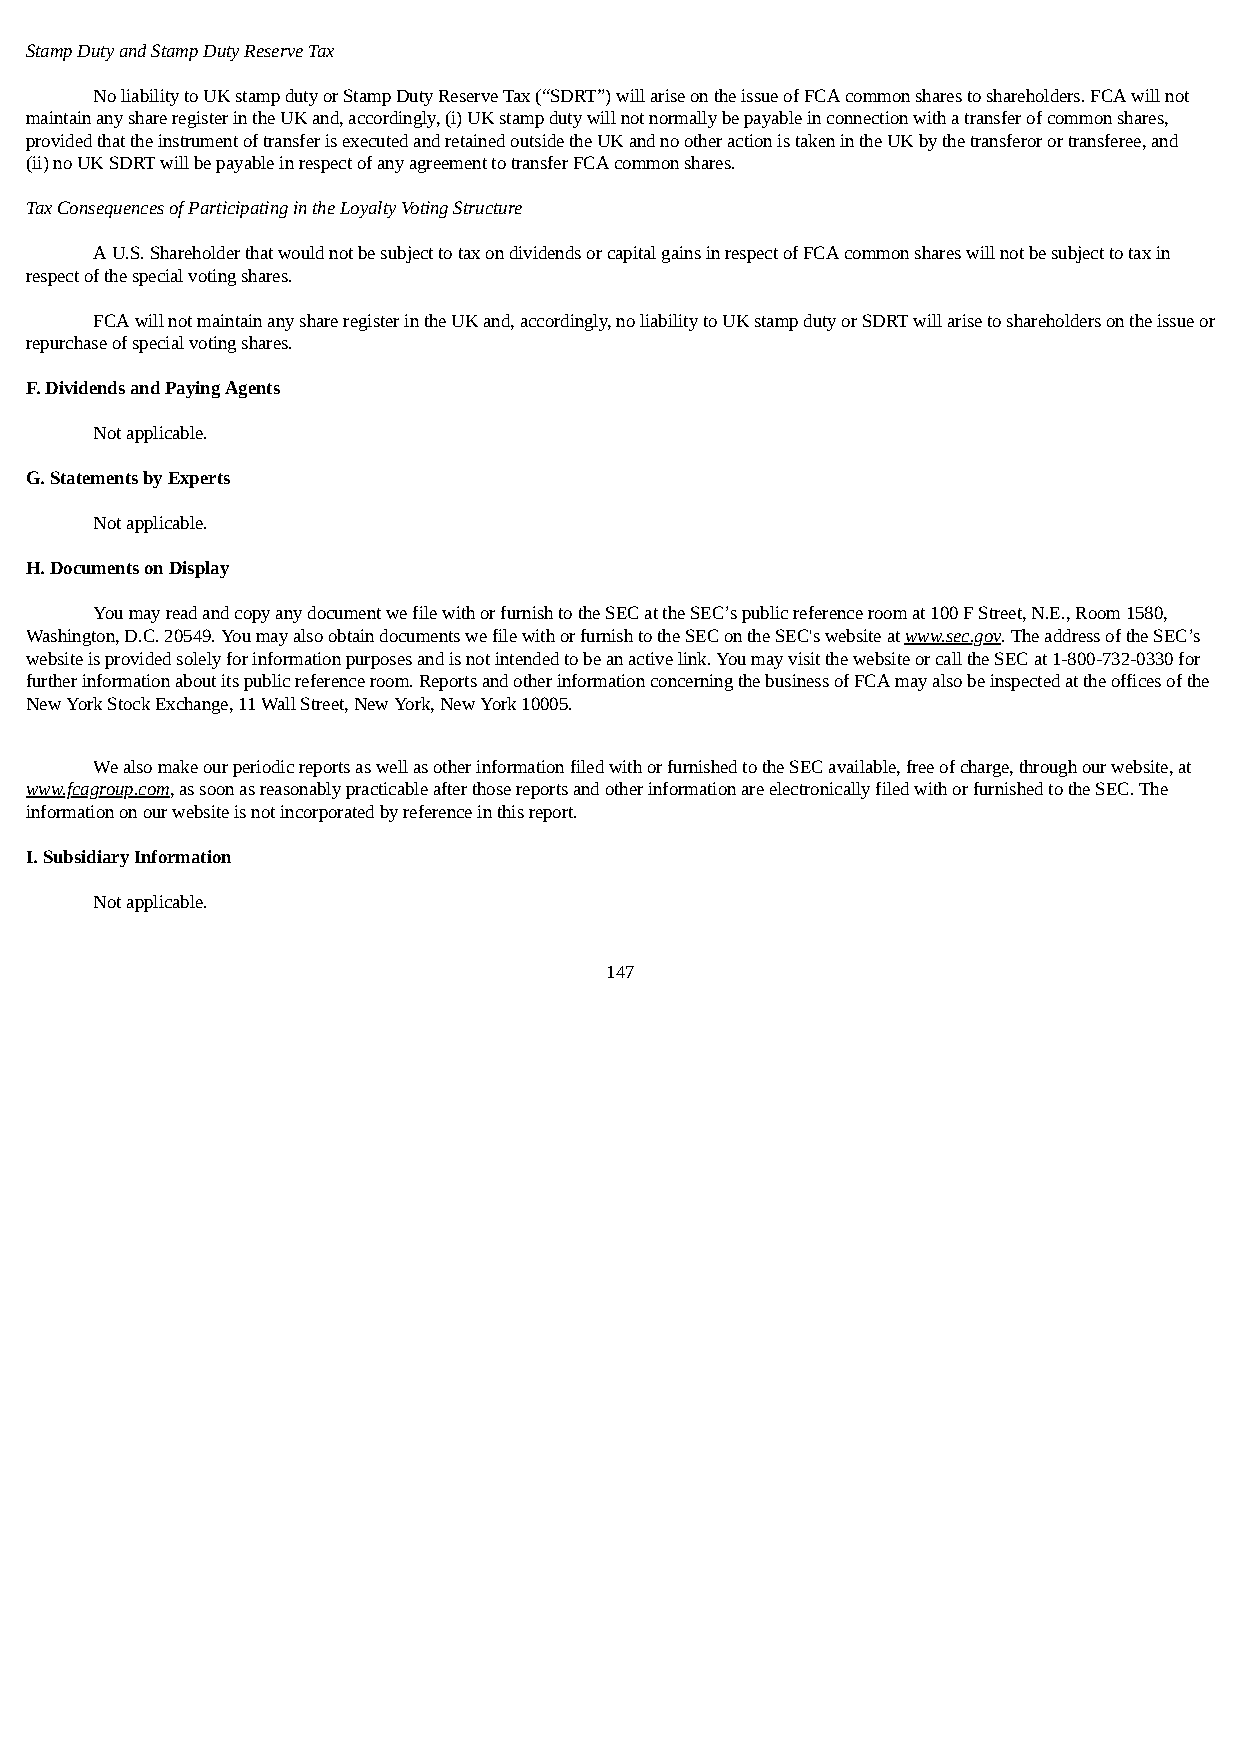
Stamp Duty and Stamp Duty Reserve Tax
 No liability to UK stamp duty or Stamp Duty Reserve Tax (“SDRT”) will arise on the issue of FCA common shares to shareholders. FCA will not
 maintain any share register in the UK and, accordingly, (i) UK stamp duty will not normally be payable in connection with a transfer of common shares,
 provided that the instrument of transfer is executed and retained outside the UK and no other action is taken in the UK by the transferor or transferee, and
 (ii) no UK SDRT will be payable in respect of any agreement to transfer FCA common shares.
 Tax Consequences of Participating in the Loyalty Voting Structure
 A U.S. Shareholder that would not be subject to tax on dividends or capital gains in respect of FCA common shares will not be subject to tax in
 respect of the special voting shares.
 FCA will not maintain any share register in the UK and, accordingly, no liability to UK stamp duty or SDRT will arise to shareholders on the issue or
 repurchase of special voting shares.
 F. Dividends and Paying Agents
 Not applicable.
 G. Statements by Experts
 Not applicable.
 H. Documents on Display
 You may read and copy any document we file with or furnish to the SEC at the SEC’s public reference room at 100 F Street, N.E., Room 1580,
 Washington, D.C. 20549. You may also obtain documents we file with or furnish to the SEC on the SEC's website at www.sec.gov. The address of the SEC’s
 website is provided solely for information purposes and is not intended to be an active link. You may visit the website or call the SEC at 1-800-732-0330 for
 further information about its public reference room. Reports and other information concerning the business of FCA may also be inspected at the offices of the
 New York Stock Exchange, 11 Wall Street, New York, New York 10005.
 We also make our periodic reports as well as other information filed with or furnished to the SEC available, free of charge, through our website, at
 www.fcagroup.com, as soon as reasonably practicable after those reports and other information are electronically filed with or furnished to the SEC. The
 information on our website is not incorporated by reference in this report.
 I. Subsidiary Information
 Not applicable.
 147